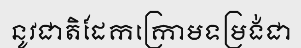
នូវជាតិដែកក្រោមទម្រង់ជា